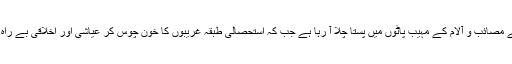
محنت کش طبقہ قرنوں سے مصائب و آلام کے مہیب پاٹوں میں پستا چلا آ رہا ہے جب کہ استحصالی طبقہ غریبوں کا خون چوس کر عیاشی اور اخلاقی بے راہ روی کا شکار ہو چکا ہے۔